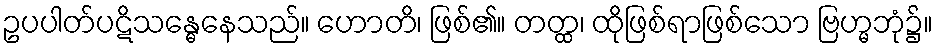
ဥပပါတ်ပဋိသန္ဓေနေသည်။ ဟောတိ၊ ဖြစ်၏။ တတ္ထ၊ ထိုဖြစ်ရာဖြစ်သော ဗြဟ္မဘုံ၌။